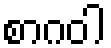
စာဂဝါ